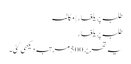
طلبہ پر یلغار | مکالمہ
طلبہ پر یلغار
یہ تحریر 500 مرتبہ دیکھی گئی۔